Annual vaccination report of Bihar and Orissa - 1911-1928
Year: 1911
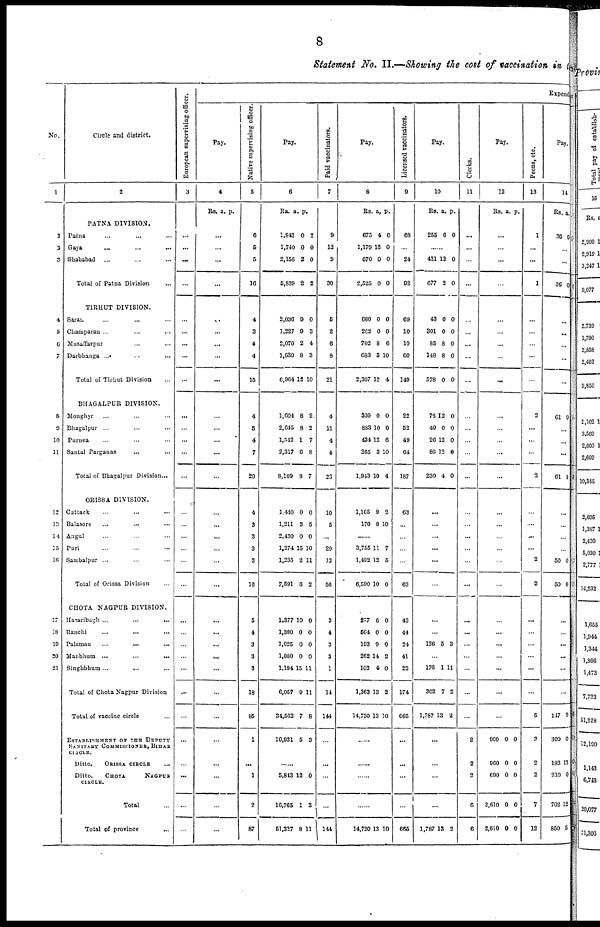
8
Statement No. II.—Showing the cost of vaccination in the
No.
1
1
2
3
4
5
6
7
8
9
10
11
12
13
14
15
16
17
18
19
20
21
Circle and district.
2
PATNA DIVISION.
Patna ... ... ...
Gaya ... ... ...
Shahabad
...
Total of Patna Division ...
TIRHUT DIVISION.
Saran ... ... ...
Champaran ... ... ...
Muzaffarpur ... ...
Darbhanga ... ... ...
Total of Tirbut Division ...
BHAGALPUR DIVISION.
Monghyr ... ... ...
Bhagalpur ... ... ...
Purnea ... ... ...
Santal Parganas ... ...
Total of Bhagalpur Division...
ORISSA DIVISION.
Cuttack ... ... ...
Balasore ... ... ...
Angul ... ... ...
Puri ... ... ...
Sambalpur ... ... ...
Total of Orissa Division ...
CHOTA NAGPUR DIVISION.
Hazaribagh ... ... ...
Ranchi ... ... ...
Palamau
...
... ...
Manbhum ...
...
...
Singhbhum ... ... ...
Total of Chota Nagpur Division
Total of vaccine circle ...
ESTABLISHMENT OF THE DEPUTY
SANITARY COMMISSIONER, BIHAR
CIRCLE.
Ditto.
ORISSA CIRCLE ...
Ditto.
CHOTA
NAGPUR
CIRCLE.
Total ...
Total of province ...
European supervising officer.
3
...
...
...
...
...
...
...
...
...
...
...
...
...
...
...
...
...
...
...
...
...
...
...
...
...
...
...
...
...
...
...
...
Expend
Pay.
4
Rs. a. p.
...
...
...
...
...
...
...
...
...
...
...
...
...
...
...
...
...
...
...
...
...
...
...
...
...
...
...
...
...
...
...
...
Native supervising officer.
5
6
5
5
16
4
3
4
4
15
4
5
4
7
20
4
3
3
3
3
16
5
4
3
3
3
18
85
1
...
1
2
87
Pay.
6
Ra.
a. p.
1,943
1,740
2,156
5,839
0
0
2
2
2
0
0
2
2,036
1,227
2,070
1,630
6,964
9
9
2
8
12
0
3
4
3
10
1,604
2,645
1,542
2,317
8,109
8
8
1
6
8
2
2
7
8
7
1,440
1,211
2,430
1,274
1,235
7,591
0
3
0
15
2
6
0
5
0
10
11
2
1,377
1,380
1,025
1,080
1,194
6,057
34,562
10,921
10
0
0
0
15
9
7
5
0
0
0
0
11
11
8
3
......
5,843
10,765
51,327
12
1
8
0
3
11
Paid vaccinators.
7
9
12
9
30
5
2
6
8
21
4
11
4
4
23
10
5
...
29
12
56
3
4
3
3
1
14
144
...
...
...
...
144
Pay.
8
Rs. a. p.
675
1,179
670
2,525
4
12
0
0
0
0
0
0
660
262
702
683
2,307
0
0
8
3
12
0
0
6
10
4
330
883
434
265
1,943
0
10
12
3
10
0
0
6
10
4
1,165
176
9
8
2
10
...
3,755
1,402
6,590
11
12
10
7
5
0
277
564
193
262
102
1,363
14,730
6
0
9
14
0
13
13
0
0
0
2
0
2
10
......
......
......
......
14,730 13 10
Licensed vaccinators.
9
68
...
24
92
69
10
10
60
149
22
52
49
64
187
63
...
...
...
...
63
43
44
24
41
22
174
665
...
...
...
...
665
Pay.
10
Rs. a. p.
255 6 0
......
421
677
12
2
0
0
43
301
85
148
578
0
0
8
8
0
0
0
0
0
0
76
40
26
86
230
12
0
12
12
4
0
0
0
6
0
...
...
...
...
...
...
...
...
126 5 3
...
176
302
1,787
1
7
13
11
2
2
...
...
...
...
1,787 13 2
Clerks.
11
...
...
...
...
...
...
...
...
...
...
...
...
...
...
...
...
...
...
...
...
...
...
...
...
...
...
...
2
2
2
6
6
Pay.
12
Rs. a. p.
...
...
...
...
...
...
...
...
...
...
...
...
...
...
...
...
...
...
...
...
...
...
...
...
...
...
...
960
960
690
2,610
2,610
0
0
0
0
0
0
0
0
0
0
Peons, etc.
13
1
...
...
1
...
...
...
...
...
2
...
...
...
2
...
...
...
...
2
2
...
...
...
...
...
...
6
3
2
2
7
12
Pay.
14
Rs. a.
36 0
...
...
36 0
...
...
...
...
...
61 9
...
...
...
61
...
...
...
...
50
50
0
0
...
...
...
...
...
...
147
309
183
210
702
850
9
0
13
0
12
5